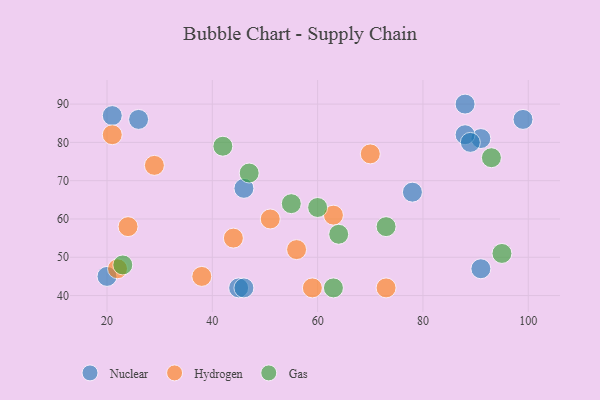
{"axis": {"x": "GDP", "y": "Life Expectancy"}, "legend": ["Gas", "Hydrogen", "Nuclear"], "data": [{"x": "91", "y": 81, "type": "Nuclear"}, {"x": "21", "y": 87, "type": "Nuclear"}, {"x": "45", "y": 42, "type": "Nuclear"}, {"x": "20", "y": 45, "type": "Nuclear"}, {"x": "88", "y": 82, "type": "Nuclear"}, {"x": "99", "y": 86, "type": "Nuclear"}, {"x": "88", "y": 90, "type": "Nuclear"}, {"x": "89", "y": 80, "type": "Nuclear"}, {"x": "46", "y": 68, "type": "Nuclear"}, {"x": "46", "y": 42, "type": "Nuclear"}, {"x": "26", "y": 86, "type": "Nuclear"}, {"x": "91", "y": 47, "type": "Nuclear"}, {"x": "78", "y": 67, "type": "Nuclear"}, {"x": "29", "y": 74, "type": "Hydrogen"}, {"x": "70", "y": 77, "type": "Hydrogen"}, {"x": "59", "y": 42, "type": "Hydrogen"}, {"x": "63", "y": 61, "type": "Hydrogen"}, {"x": "73", "y": 42, "type": "Hydrogen"}, {"x": "51", "y": 60, "type": "Hydrogen"}, {"x": "22", "y": 47, "type": "Hydrogen"}, {"x": "44", "y": 55, "type": "Hydrogen"}, {"x": "38", "y": 45, "type": "Hydrogen"}, {"x": "24", "y": 58, "type": "Hydrogen"}, {"x": "21", "y": 82, "type": "Hydrogen"}, {"x": "56", "y": 52, "type": "Hydrogen"}, {"x": "55", "y": 64, "type": "Gas"}, {"x": "60", "y": 63, "type": "Gas"}, {"x": "42", "y": 79, "type": "Gas"}, {"x": "73", "y": 58, "type": "Gas"}, {"x": "64", "y": 56, "type": "Gas"}, {"x": "23", "y": 48, "type": "Gas"}, {"x": "93", "y": 76, "type": "Gas"}, {"x": "47", "y": 72, "type": "Gas"}, {"x": "95", "y": 51, "type": "Gas"}, {"x": "63", "y": 42, "type": "Gas"}]}